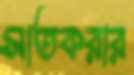
সাতকরার